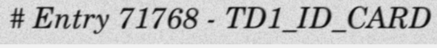
# Entry 71768 - TD1_ID_CARD